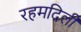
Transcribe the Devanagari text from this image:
रहमदिली